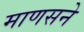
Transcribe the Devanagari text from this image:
माणसने